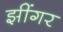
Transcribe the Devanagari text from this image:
झींगर